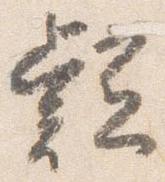
疑